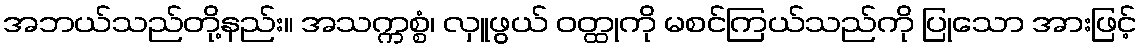
အဘယ်သည်တို့နည်း။ အသက္ကစ္စံ၊ လှူဖွယ် ဝတ္ထုကို မစင်ကြယ်သည်ကို ပြုသော အားဖြင့်